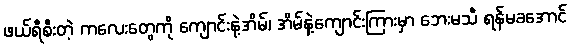
ဖယ်ရီစီးတဲ့ ကလေးတွေကို ကျောင်းနဲ့အိမ်၊ အိမ်နဲ့ကျောင်းကြားမှာ ဘေးမသီ ရန်မခအောင်